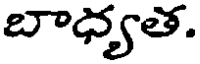
బాధ్యత.